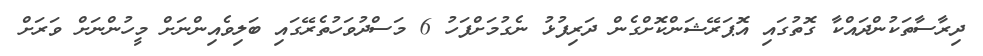
ދިރާސާތަކުންދައްކާ ގޮތުގައި އޮޕަރޭޝަންކޮށްގެން ދަރިފުޅު ނެގުމަށްފަހު 6 މަސްދުވަހުތެރޭގައި ބަލިވެއިންނަށް މީހުންނަށް ވަރަށް